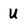
Character: u